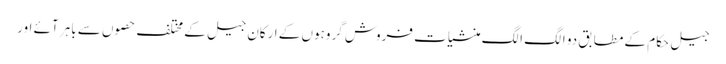
جیل حکام کے مطابق دو الگ الگ منشیات فروش گروہوں کے ارکان جیل کے مختلف حصوں سے باہر آئے اور